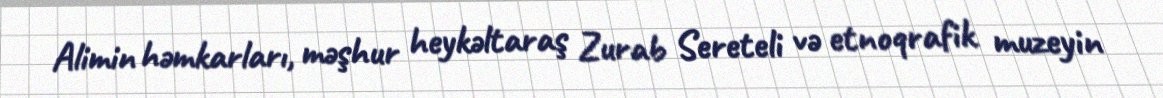
Alimin həmkarları, məşhur heykəltaraş Zurab Sereteli və etnoqrafik muzeyin